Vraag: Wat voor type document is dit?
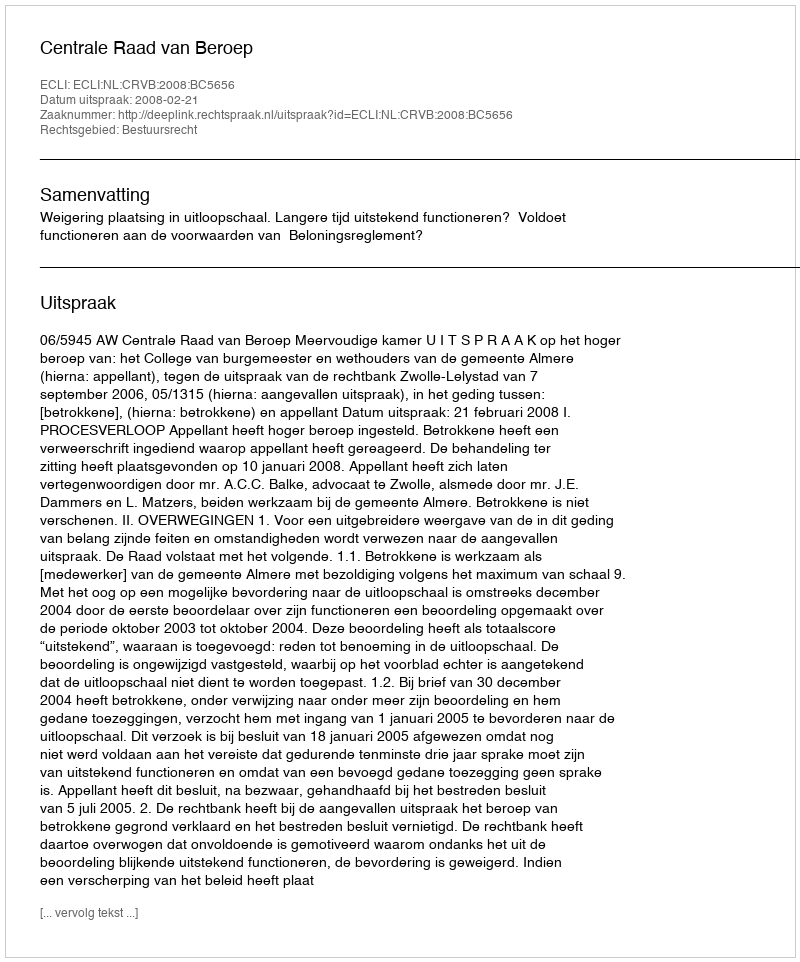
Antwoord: Uitspraak